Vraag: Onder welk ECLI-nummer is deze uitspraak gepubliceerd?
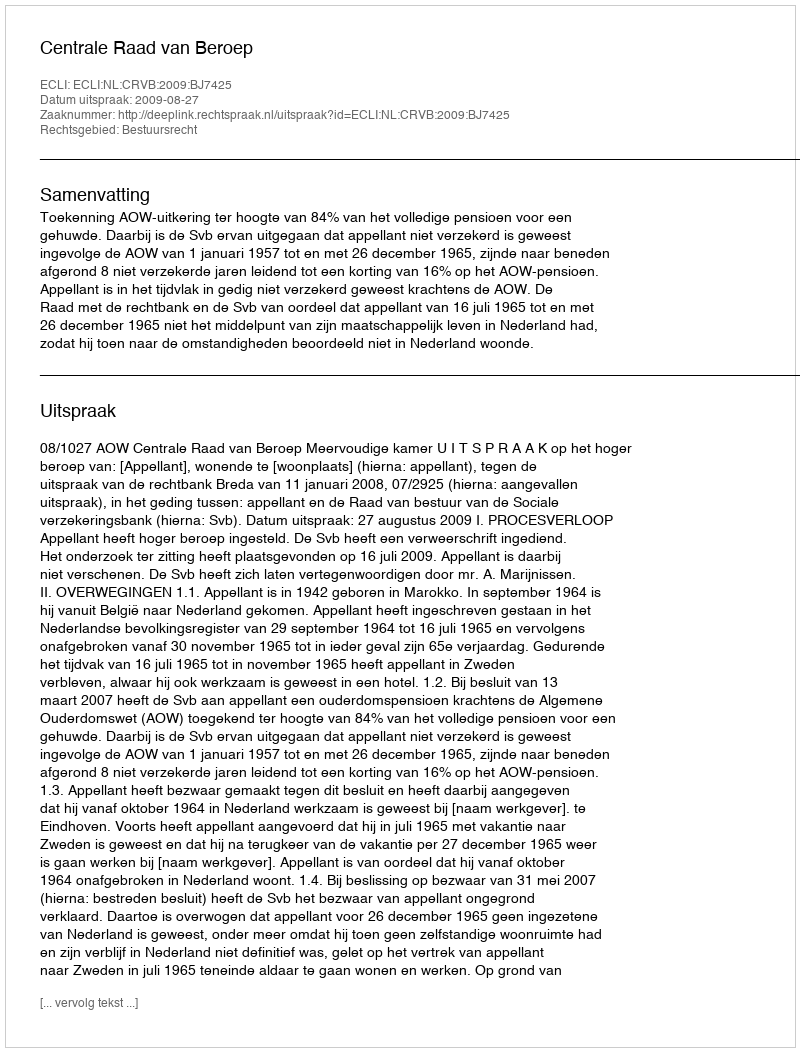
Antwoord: ECLI:NL:CRVB:2009:BJ7425